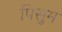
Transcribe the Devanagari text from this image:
पिसुम